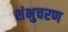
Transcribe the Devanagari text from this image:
शंभुचरण